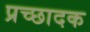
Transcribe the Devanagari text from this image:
प्रच्छादक